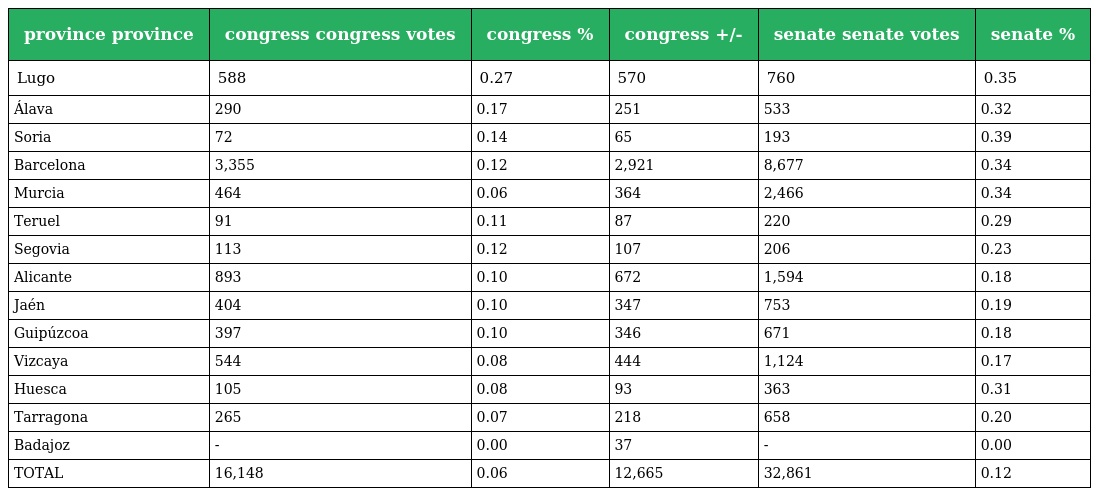
| province province | congress congress votes | congress % | congress +/- | senate senate votes | senate % |
 | --- | --- | --- | --- | --- | --- |
 | Lugo | 588 | 0.27 | 570 | 760 | 0.35 |
 | Álava | 290 | 0.17 | 251 | 533 | 0.32 |
 | Soria | 72 | 0.14 | 65 | 193 | 0.39 |
 | Barcelona | 3,355 | 0.12 | 2,921 | 8,677 | 0.34 |
 | Murcia | 464 | 0.06 | 364 | 2,466 | 0.34 |
 | Teruel | 91 | 0.11 | 87 | 220 | 0.29 |
 | Segovia | 113 | 0.12 | 107 | 206 | 0.23 |
 | Alicante | 893 | 0.10 | 672 | 1,594 | 0.18 |
 | Jaén | 404 | 0.10 | 347 | 753 | 0.19 |
 | Guipúzcoa | 397 | 0.10 | 346 | 671 | 0.18 |
 | Vizcaya | 544 | 0.08 | 444 | 1,124 | 0.17 |
 | Huesca | 105 | 0.08 | 93 | 363 | 0.31 |
 | Tarragona | 265 | 0.07 | 218 | 658 | 0.20 |
 | Badajoz | - | 0.00 | 37 | - | 0.00 |
 | TOTAL | 16,148 | 0.06 | 12,665 | 32,861 | 0.12 |